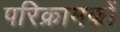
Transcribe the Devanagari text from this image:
परिक्रामकों